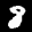
Label: 8